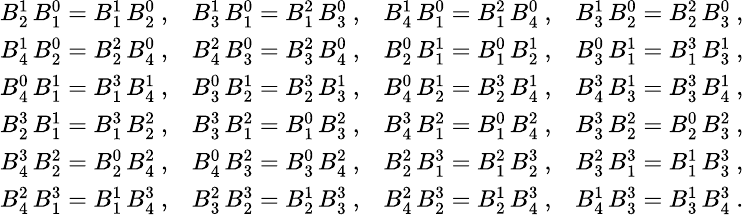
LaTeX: {\small\begin{array}{llll}{B_{2}^{1}\, B_{1}^{0}=B_{1}^{1}\, B_{2}^{0}\ ,}&{B_{3}^{1}\, B_{1}^{0}=B_{1}^{2}\, B_{3}^{0}\ ,}&{B_{4}^{1}\, B_{1}^{0}=B_{1}^{2}\, B_{4}^{0}\ ,}&{B_{3}^{1}\, B_{2}^{0}=B_{2}^{2}\, B_{3}^{0}\ ,}\\ {B_{4}^{1}\, B_{2}^{0}=B_{2}^{2}\, B_{4}^{0}\ ,}&{B_{4}^{2}\, B_{3}^{0}=B_{3}^{2}\, B_{4}^{0}\ ,}&{B_{2}^{0}\, B_{1}^{1}=B_{1}^{0}\, B_{2}^{1}\ ,}&{B_{3}^{0}\, B_{1}^{1}=B_{1}^{3}\, B_{3}^{1}\ ,}\\ {B_{4}^{0}\, B_{1}^{1}=B_{1}^{3}\, B_{4}^{1}\ ,}&{B_{3}^{0}\, B_{2}^{1}=B_{2}^{3}\, B_{3}^{1}\ ,}&{B_{4}^{0}\, B_{2}^{1}=B_{2}^{3}\, B_{4}^{1}\ ,}&{B_{4}^{3}\, B_{3}^{1}=B_{3}^{3}\, B_{4}^{1}\ ,}\\ {B_{2}^{3}\, B_{1}^{1}=B_{1}^{3}\, B_{2}^{2}\ ,}&{B_{3}^{3}\, B_{1}^{2}=B_{1}^{0}\, B_{3}^{2}\ ,}&{B_{4}^{3}\, B_{1}^{2}=B_{1}^{0}\, B_{4}^{2}\ ,}&{B_{3}^{3}\, B_{2}^{2}=B_{2}^{0}\, B_{3}^{2}\ ,}\\ {B_{4}^{3}\, B_{2}^{2}=B_{2}^{0}\, B_{4}^{2}\ ,}&{B_{4}^{0}\, B_{3}^{2}=B_{3}^{0}\, B_{4}^{2}\ ,}&{B_{2}^{2}\, B_{1}^{3}=B_{1}^{2}\, B_{2}^{3}\ ,}&{B_{3}^{2}\, B_{1}^{3}=B_{1}^{1}\, B_{3}^{3}\ ,}\\ {B_{4}^{2}\, B_{1}^{3}=B_{1}^{1}\, B_{4}^{3}\ ,}&{B_{3}^{2}\, B_{2}^{3}=B_{2}^{1}\, B_{3}^{3}\ ,}&{B_{4}^{2}\, B_{2}^{3}=B_{2}^{1}\, B_{4}^{3}\ ,}&{B_{4}^{1}\, B_{3}^{3}=B_{3}^{1}\, B_{4}^{3}\ .}\end{array}}\normalsize